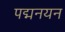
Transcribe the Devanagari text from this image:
पद्मनयन